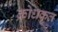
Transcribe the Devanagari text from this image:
क्रोधकृत